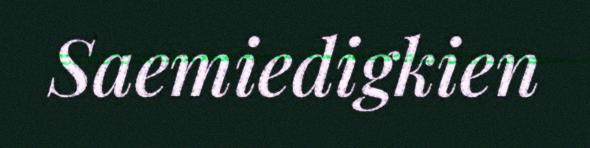
Saemiedigkien